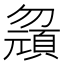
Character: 𱑂